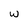
Character: w